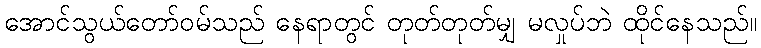
အောင်သွယ်တော်ဝမ်သည် နေရာတွင် တုတ်တုတ်မျှ မလှုပ်ဘဲ ထိုင်နေသည်။